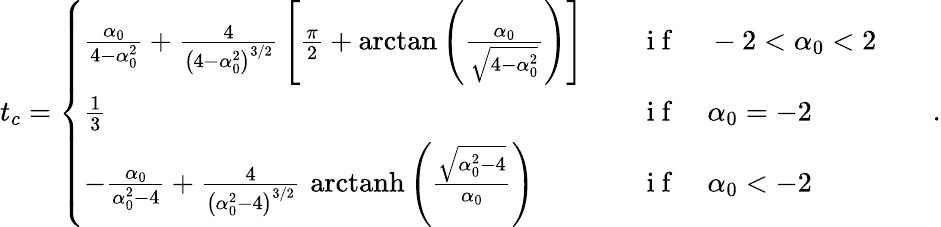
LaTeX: t_{c}=\left\{ \begin{array}{lll}{\frac{\alpha_{0}}{4-\alpha_{0}^{2}}+\frac{4}{\left(4-\alpha_{0}^{2}\right)^{3/2}}\, \left[\frac{\pi}{2}+\arctan\left(\frac{\alpha_{0}}{\sqrt{4-\alpha_{0}^{2}}}\right)\right]}&{}&{\mathrm{~i~f~}\quad-2<\alpha_{0}<2}\\ {\frac{1}{3}}&{}&{\mathrm{~i~f~}\quad\alpha_{0}=-2}\\ {-\frac{\alpha_{0}}{\alpha_{0}^{2}-4}+\frac{4}{\left(\alpha_{0}^{2}-4\right)^{3/2}}\, \, \mathrm{arctanh}\left(\frac{\sqrt{\alpha_{0}^{2}-4}}{\alpha_{0}}\right)}&{}&{\mathrm{~i~f~}\quad\alpha_{0}<-2}\end{array}\right.\qquad.